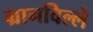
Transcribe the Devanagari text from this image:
ग्रानविल्ले